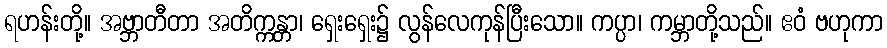
ရဟန်းတို့။ အဗ္ဘာတီတာ အတိက္ကန္တာ၊ ရှေးရှေး၌ လွန်လေကုန်ပြီးသော။ ကပ္ပာ၊ ကမ္ဘာတို့သည်။ ဧဝံ ဗဟုကာ